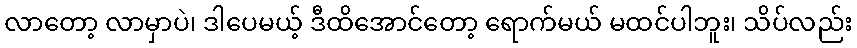
လာတော့ လာမှာပဲ၊ ဒါပေမယ့် ဒီထိအောင်တော့ ရောက်မယ် မထင်ပါဘူး၊ သိပ်လည်း